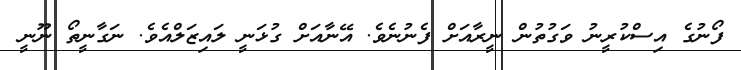
ފޯނުގެ އިސްކުރީނު ވަގުތުން ނީރާއަށް ފެނުނެވެ. އޭނާއަށް ގުޅަނީ ލައިޒަލްއެވެ. ނަގާނީތޯ ނޫނީ